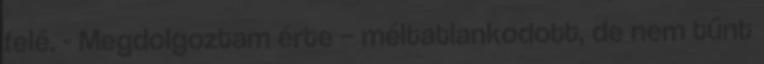
felé. - Megdolgoztam érte – méltatlankodott, de nem tűnt